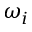
\omega _ { i }